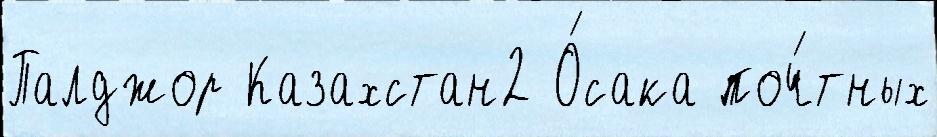
Палджор Казахстан2 О́сака поч́тных